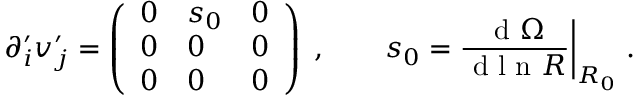
\partial _ { i } ^ { \prime } v _ { j } ^ { \prime } = \left( \begin{array} { l l l } { 0 } & { s _ { 0 } } & { 0 } \\ { 0 } & { 0 } & { 0 } \\ { 0 } & { 0 } & { 0 } \end{array} \right) \; , \qquad s _ { 0 } = \frac { \mathrm { ~ d ~ } { \Omega } } { \mathrm { ~ d ~ l ~ n ~ } R } \bigg | _ { R _ { 0 } } \; .